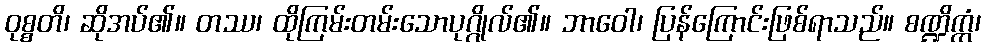
ဝုစ္စတိ၊ ဆိုအပ်၏။ တဿ၊ ထိုကြမ်းတမ်းသောပုဂ္ဂိုလ်၏။ ဘာဝေါ၊ ပြန်ကြောင်းဖြစ်ရာသည်။ စဏ္ဍိက္ကံ၊